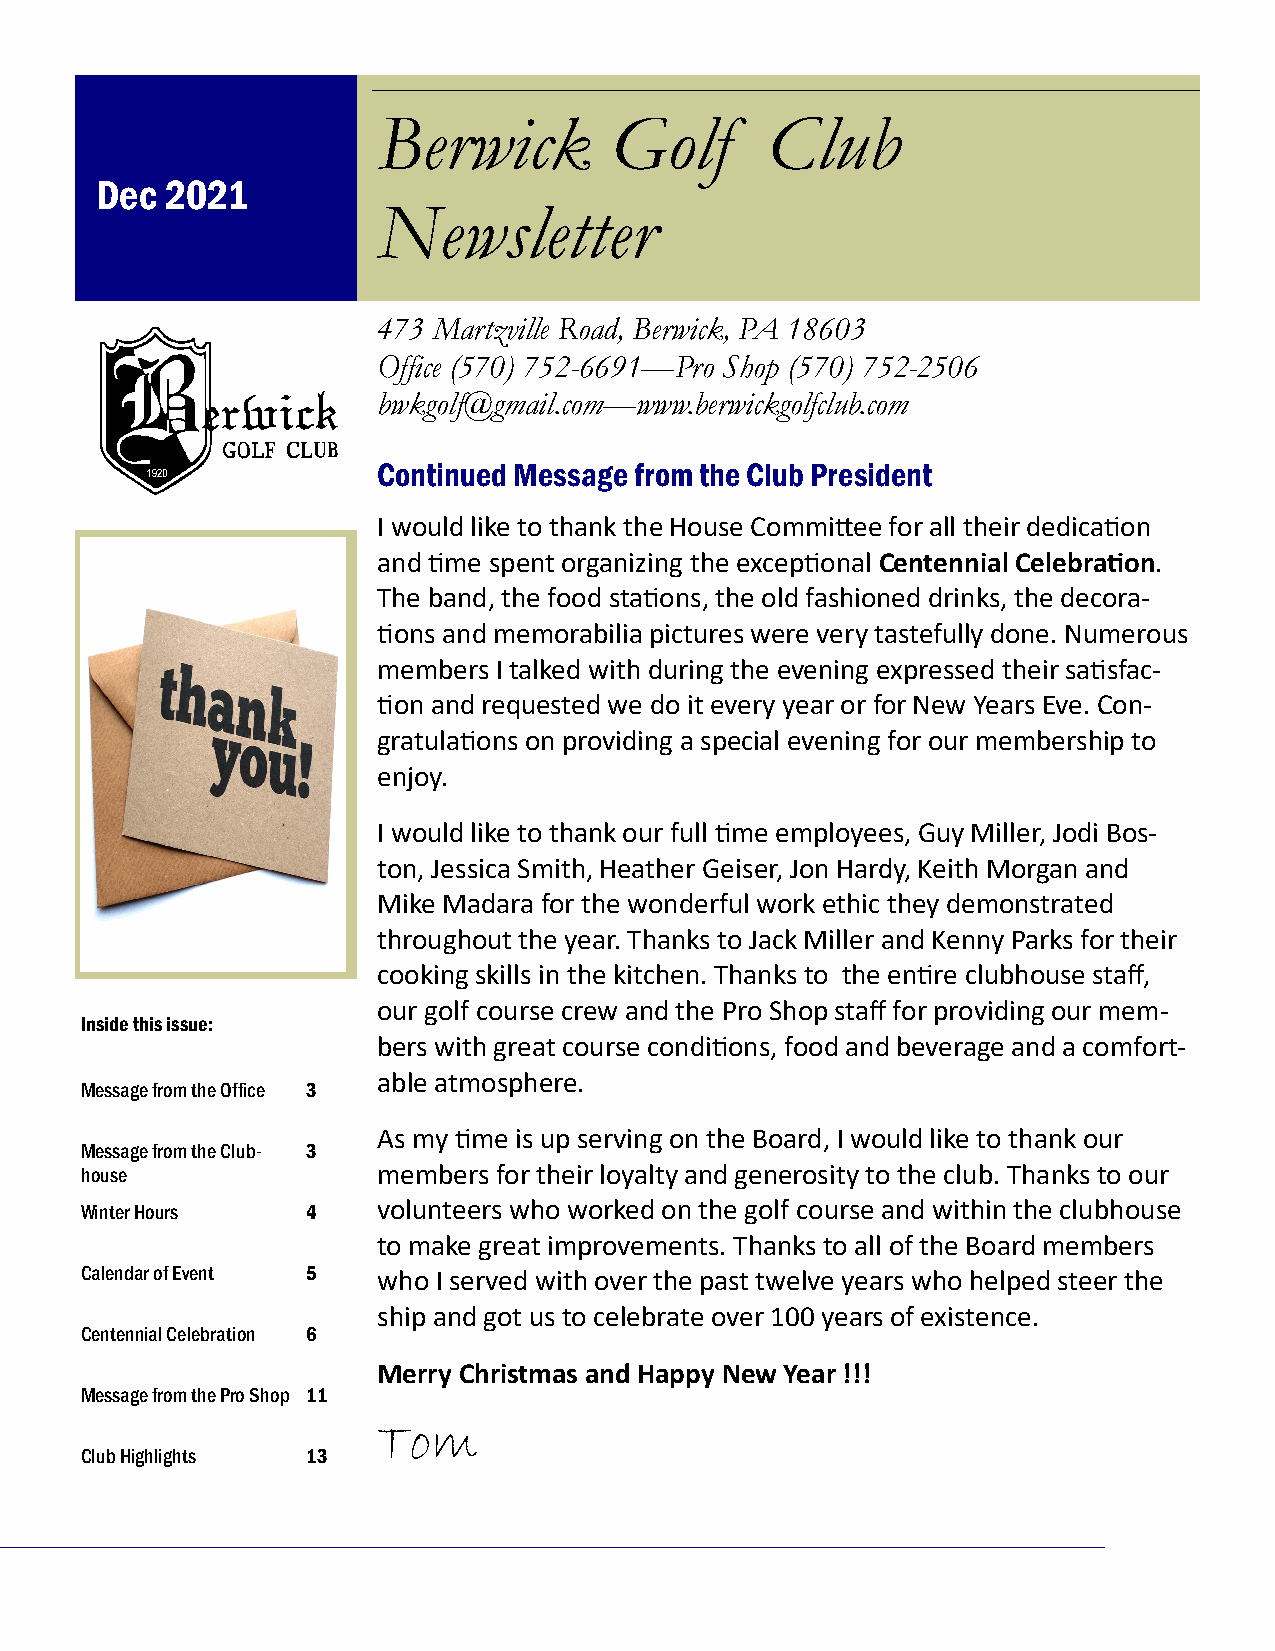
Berwick        Golf       Club
 Dec  2021
 Newsletter
 473 Martzville Road, Berwick, PA 18603
 Office (570) 752-6691—Pro Shop (570) 752-2506
 bwkgolf@gmail.com—www.berwickgolfclub.com
 Continued Message from the Club President
 I would like to thank the House Committee for all their dedication
 and time spent organizing the exceptional Centennial Celebration.
 The band, the food stations, the old fashioned drinks, the decora-
 tions and memorabilia pictures were very tastefully done. Numerous
 members I talked with during the evening expressed their satisfac-
 tion and requested we do it every year or for New Years Eve. Con-
 gratulations on providing a special evening for our membership to
 enjoy.
 I would like to thank our full time employees, Guy Miller, Jodi Bos-
 ton, Jessica Smith, Heather Geiser, Jon Hardy, Keith Morgan and
 Mike Madara for the wonderful work ethic they demonstrated
 throughout the year. Thanks to Jack Miller and Kenny Parks for their
 cooking skills in the kitchen. Thanks to the entire clubhouse staff,
 our golf course crew and the Pro Shop staff for providing our mem-
 Inside this issue:
 bers with great course conditions, food and beverage and a comfort-
 able atmosphere.
 Message from the Office 3
 As my time is up serving on the Board, I would like to thank our
 Message from the Club- 3
 house               members for their loyalty and generosity to the club. Thanks to our
 Winter Hours   4    volunteers who worked on the golf course and within the clubhouse
 to make great improvements. Thanks to all of the Board members
 Calendar of Event 5 who I served with over the past twelve years who helped steer the
 ship and got us to celebrate over 100 years of existence.
 Centennial Celebration 6
 Merry Christmas and Happy New Year !!!
 Message from the Pro Shop 11
 Tom
 Club Highlights 13